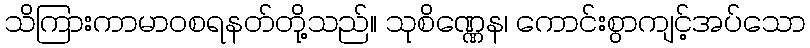
သိကြားကာမာဝစရနတ်တို့သည်။ သုစိဏ္ဏေန၊ ကောင်းစွာကျင့်အပ်သော